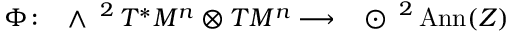
\Phi \colon \mathrm { ~ \Large ~ \wedge ~ } ^ { 2 } \, T ^ { * } M ^ { n } \otimes T M ^ { n } \longrightarrow \mathrm { ~ \Large ~ \odot ~ } ^ { 2 } \, { \mathrm { A n n } } ( Z )